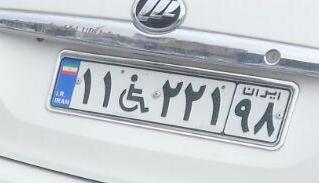
۱۱+۲۲۱۹۸